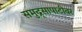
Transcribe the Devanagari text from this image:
समुद्र्सापाटीवर